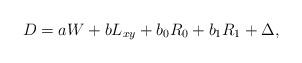
LaTeX: \begin{align*}D=aW+bL_{xy}+b_0R_0+b_1R_1+\Delta,\end{align*}